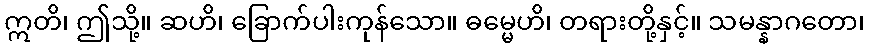
ဣတိ၊ ဤသို့။ ဆဟိ၊ ခြောက်ပါးကုန်သော။ ဓမ္မေဟိ၊ တရားတို့နှင့်။ သမန္နာဂတော၊